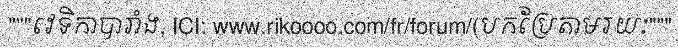
"""វេទិកាបារាំង, ICI: www.rikoooo.com/fr/forum/(បកប្រែតាមរយៈ"""